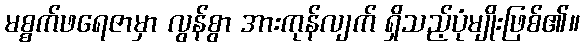
မစ္စက်ဖရေဇာမှာ လွန်စွာ အားကုန်လျက် ရှိသည့်ပုံမျိုးဖြစ်၏။